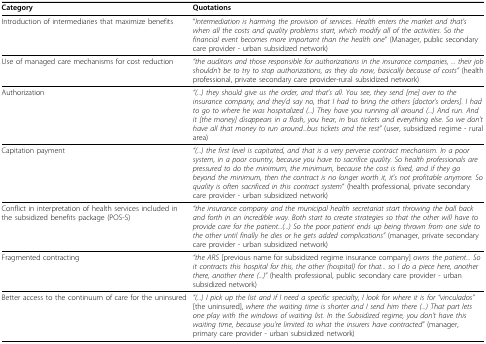
<table><thead><tr><td><b>Category</b></td><td><b>Quotations</b></td></tr></thead><tbody><tr><td>Introduction of intermediaries that maximize benefits</td><td>&quot;<i>Intermediation is harming the provision of services. Health enters the market and that&#x27;s when all the costs and quality problems start, which modify all of the activities. So the financial event becomes more important than the health one</i>&quot; (Manager, public secondary care provider - urban subsidized network)</td></tr><tr><td>Use of managed care mechanisms for cost reduction</td><td><i>&quot;the auditors and those responsible for authorizations in the insurance companies, ... their job shouldn&#x27;t be to try to stop authorizations, as they do now, basically because of costs&quot; </i>(health professional, private secondary care provider-rural subsidized network)</td></tr><tr><td>Authorization</td><td><i>&quot;(...) they should give us the order, and that&#x27;s all. You see, they send [me] over to the insurance company, and they&#x27;d say no, that I had to bring the others [doctor&#x27;s orders]. I had to go to where he was hospitalized (...) They have you running all around (...) And run. And it [the money] disappears in a flash, you hear, in bus tickets and everything else. So we don&#x27;t have all that money to run around...bus tickets and the rest&quot; </i>(user, subsidized regime - rural area)</td></tr><tr><td>Capitation payment</td><td><i>&quot;(...) the first level is capitated, and that is a very perverse contract mechanism. In a poor system, in a poor country, because you have to sacrifice quality. So health professionals are pressured to do the minimum, the minimum, because the cost is fixed, and if they go beyond the minimum, then the contract is no longer worth it, it&#x27;s not profitable anymore. So quality is often sacrificed in this contract system</i>&quot; (health professional, private secondary care provider - urban subsidized network)</td></tr><tr><td>Conflict in interpretation of health services included in the subsidized benefits package (POS-S)</td><td><i>&quot;the insurance company and the municipal health secretariat start throwing the ball back and forth in an incredible way. Both start to create strategies so that the other will have to provide care for the patient...(...) So the poor patient ends up being thrown from one side to the other until finally he dies or he gets added complications&quot; </i>(manager, private secondary care provider - urban subsidized network)</td></tr><tr><td>Fragmented contracting</td><td><i>&quot;the ARS </i>[previous name for subsidized regime insurance company] <i>owns the patient... So it contracts this hospital for this, the other (hospital) for that... so I do a piece here, another there, another there (...)&quot; </i>(health professional, public secondary care provider - urban subsidized network)</td></tr><tr><td>Better access to the continuum of care for the uninsured</td><td><i>&quot;(...) I pick up the list and if I need a specific specialty, I look for where it is for &quot;vinculados&quot; </i>[the uninsured], <i>where the waiting time is shorter and I send him there (...) That part lets one play with the windows of waiting list. In the Subsidized regime, you don&#x27;t have this waiting time, because you&#x27;re limited to what the insurers have contracted&quot; </i>(manager, primary care provider - urban subsidized network)</td></tr></tbody></table>